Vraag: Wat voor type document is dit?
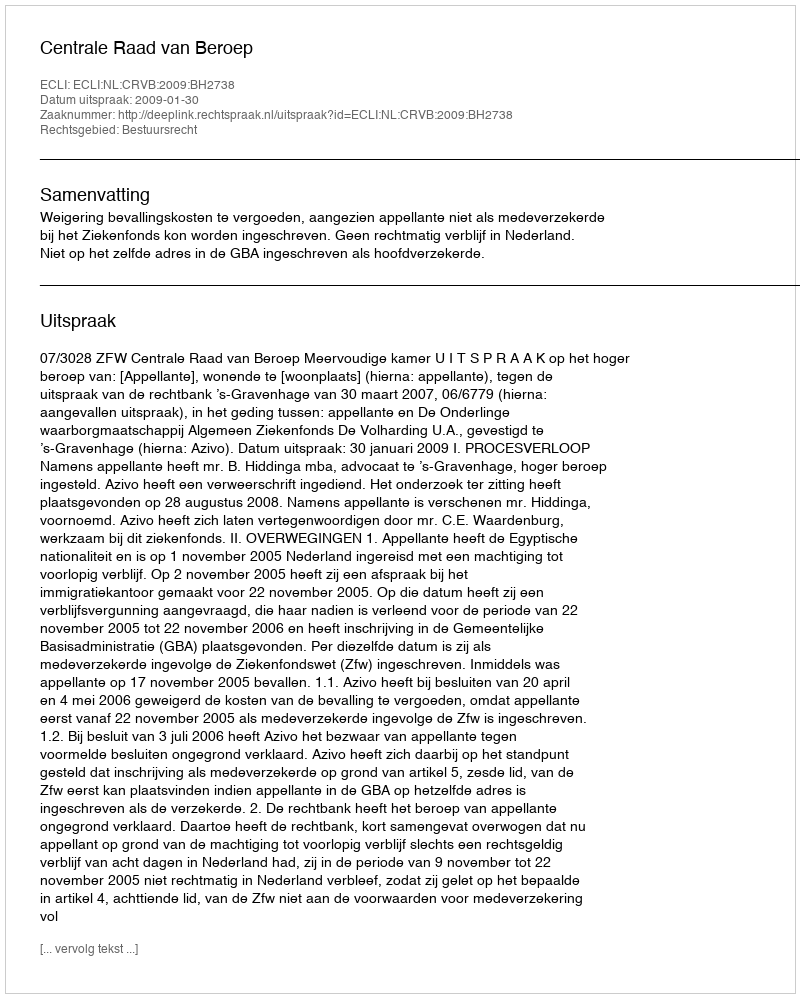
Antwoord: Uitspraak